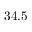
3 4 . 5